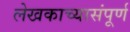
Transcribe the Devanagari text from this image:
लेखकाच्यासंपूर्ण